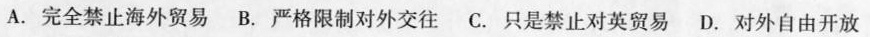
A.完全禁止海外贸易 B.严格限制对外交往 C.只是禁止对英贸易 D.对外自由开放